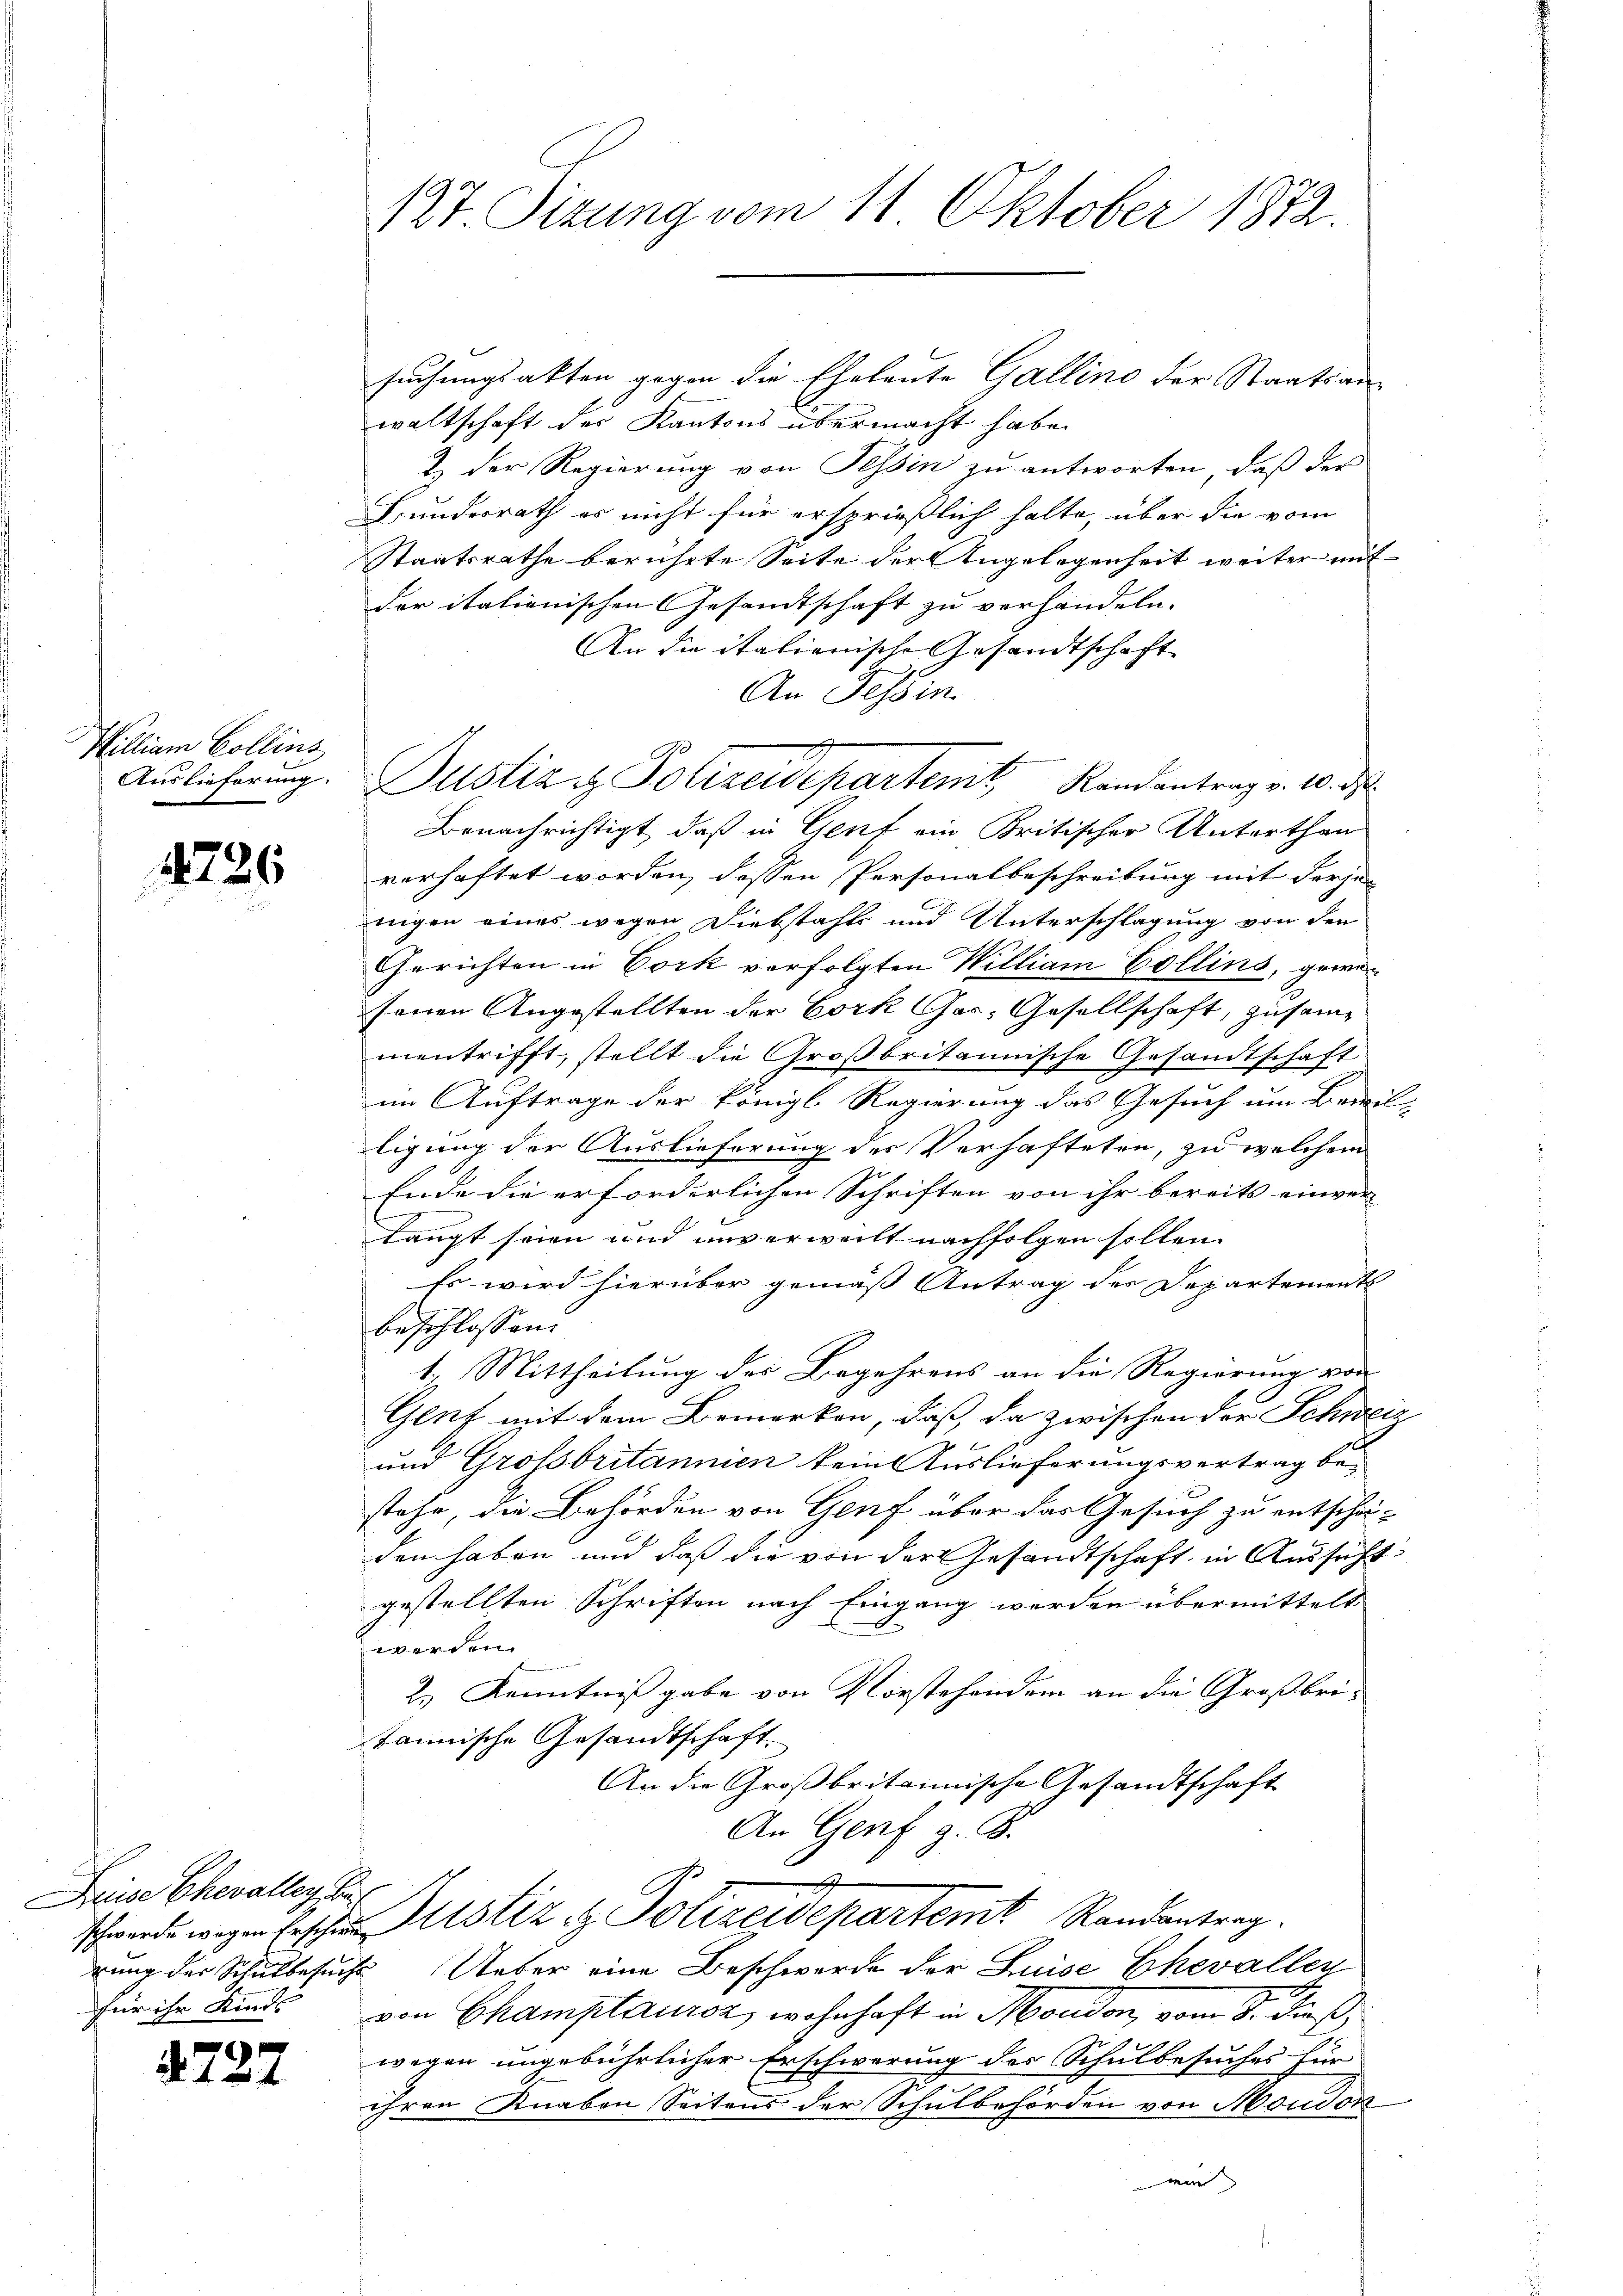
Milliam Collins

4226

Dreise Chevallen, be

4727

suchungsakten gegen die Eheleute Gallino der Staatsanwaltschaft der Kantons übermacht habe.
& der Regierung von Tessin zu antworten, daß der
Bundesrath es nicht für ersprießlich halte, über die vom
Staatsräthe berührte Seite der Angelegenheit weiter mit
der italienischen Gesandtschaft zu verhandeln.
An die italienische Gesandtschaft
An Tessin.
Benachrichtigt, daß in Genf ein Britischer Unterthan
verhaftet worden, dessen Personalbeschreibung mit derjen
nigen eines wegen Diebstahls und Unterschlagung von den
Gerichten in Cork verfolgten William Collins, gewi
senen Angestellten der Eork Gas- Gesellschaft, zusammentrifft, stellt die Großbritannische Gesandtschaft
im Auftrage der Königl. Regierung das Gesuch um Bewil-
ligung der Auslieferung des Verhafteten, zu welchem
Ende die erforderlichen Schriften von ihr bereits einver
langt seien und unverweilt nachfolgen sollen.
Es wird hierüber gemäß Antrag der Departements
beschlossen:
1.) Mittheilung des Begehrens an die Regierung von
Genf mit dem Bemerken, daß, da zwischen der Schwei¬
und Grossbritannien kein Auslieferungsvertrag bestehe, die Behörden von Genf über das Gesuch zu entschäden haben und daß die von der Gesandtschaft in Aussicht
gestellten Schriften nach Eingang werden übermittelt
werden.
2.) Kenntniß gabe von Vorstehendem an die Großbritannische Gesandtschaft.
An die Großbritannische Gesandtschaft
An Genf z. B.

schwerde wegen Erscheitstiz & Polizeidepartemt Randantrag
rung der Schulbesuche Ueber eine Beschwerde der Luise Ehevallen
für ihr Kinde von Champtauroz, wohnhaft in Moudon, vom 8. dieß,
wegen ungebührlicher Erschwerung des Schulbesuches für
ihren Knaben Seitens der Schulbehörden von Moudon

127 Sizung vom 11. Oktober 1872.

Auslieferung. Justiz & Polizeidepartemt, Randantrag v. 10. d.